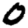
Digit: 0